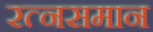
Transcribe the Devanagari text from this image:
रत्नसमान